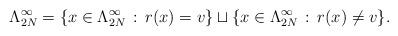
LaTeX: \begin{align*}\Lambda^\infty_{2N}=\{x\in \Lambda^\infty_{2N}\,:\, r(x)=v\} \sqcup \{x\in\Lambda^\infty_{2N}\,:\, r(x)\ne v\}.\end{align*}